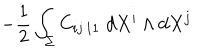
- \frac { 1 } { 2 } \int _ { \Sigma } C _ { i j \, 1 1 } \; d X ^ { i } \wedge d X ^ { j } \nonumber